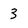
Character: 3